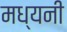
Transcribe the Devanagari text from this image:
मध्यनी